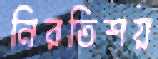
নিরতিশয়